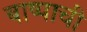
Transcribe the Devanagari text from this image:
बाष्पाची